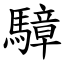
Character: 騿